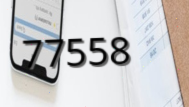
77558